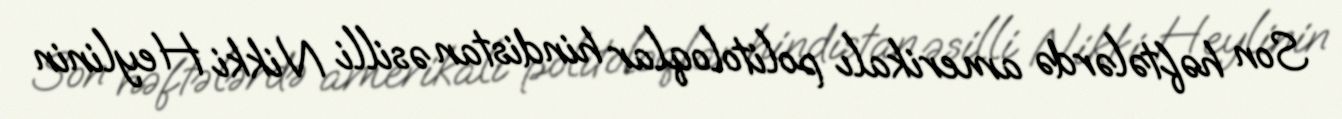
Son həftələrdə amerikalı politoloqlar hindistan əsilli Nikki Heylinin